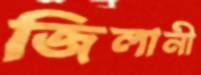
জিলানী